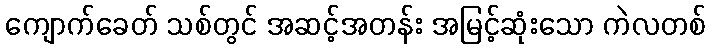
ကျောက်ခေတ် သစ်တွင် အဆင့်အတန်း အမြင့်ဆုံးသော ကဲလတစ်